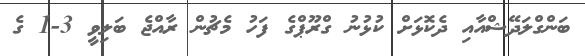
ބަންގްލަދޭޝްއާއި ދެކޮޅަށް ކުޅުނު ގްރޫޕްގެ ފަހު މެޗުން ރާއްޖެ ބަލިވީ 3-1 ގެ